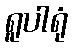
ရူပါရုံ